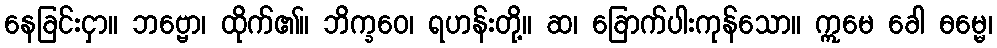
နေခြင်းငှာ။ ဘဗ္ဗော၊ ထိုက်၏။ ဘိက္ခဝေ၊ ရဟန်းတို့။ ဆ၊ ခြောက်ပါးကုန်သော။ ဣမေ ခေါ ဓမ္မေ၊